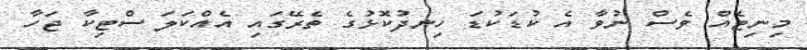
މިނިޓެއް ވެސް ނުވާ އެ ކުޑަކުޑަ ހިނދުކޮޅުގެ ތެރޭގައި އެއްކަލަ ސްޓިކާ ޖަހާ